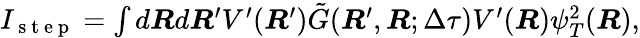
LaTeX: \begin{array}{r}{I_{\mathrm{~s~t~e~p~}}=\int d\boldsymbol{R}d\boldsymbol{R}^{\prime}V^{\prime}(\boldsymbol{R}^{\prime})\tilde{G}(\boldsymbol{R}^{\prime},\boldsymbol{R};\Delta\tau)V^{\prime}(\boldsymbol{R})\psi_{T}^{2}(\boldsymbol{R}),}\end{array}